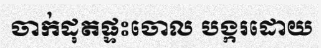
ចាក់ដុតផ្ទះចោល បង្ករដោយ